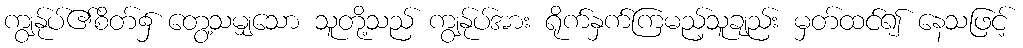
ကျွန်ုပ်၏စိတ်၌ တွေ့သမျှသော သူတို့သည် ကျွန်ုပ်အား ရိုက်နှက်ကြမည့်သူချည်း မှတ်ထင်၍ နေသဖြင့်